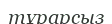
тұрарсыз